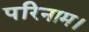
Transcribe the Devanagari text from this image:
परिनाम।